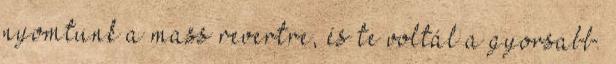
nyomtunk a mass revertre, és te voltál a gyorsabb.